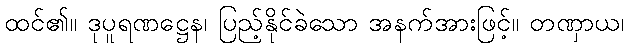
ထင်၏။ ဒုပူရဏဋ္ဌေန၊ ပြည့်နိုင်ခဲသော အနက်အားဖြင့်။ တဏှာယ၊